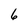
Character: 6